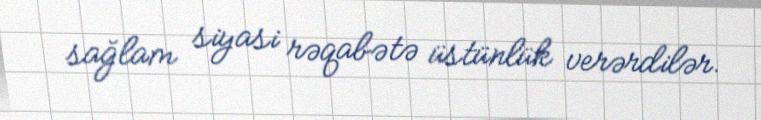
sağlam siyasi rəqabətə üstünlük verərdilər.